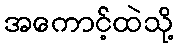
အကောင့်ထဲသို့